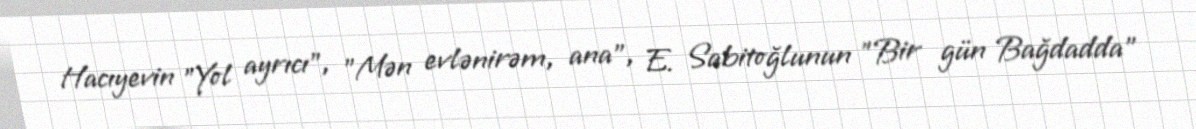
Hacıyevin "Yol ayrıcı", "Mən evlənirəm, ana", E. Sabitoğlunun "Bir gün Bağdadda"